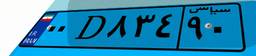
۵۲D۱۲۲۴۴